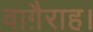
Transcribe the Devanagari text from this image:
वाग़ैराह।